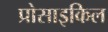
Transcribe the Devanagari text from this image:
प्रोसाइकिल